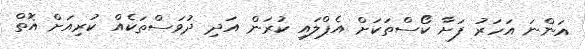
އަންނަ އަހަރު ފަށާ ކޯސްތަކަށް އެޕްލައި ކުރަން އަދި ދުވަސްތަކެއް ކުރިއަށް އޮތް